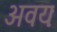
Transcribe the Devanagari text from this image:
अवयः